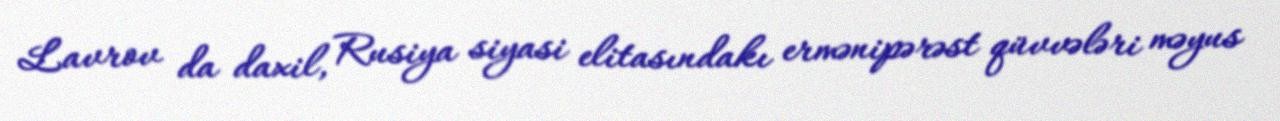
Lavrov da daxil, Rusiya siyasi elitasındakı ermənipərəst qüvvələri məyus